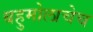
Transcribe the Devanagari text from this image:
बहुमोलाचेच